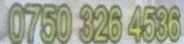
0750 326 4536